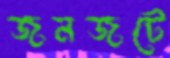
জনজটে